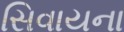
સિવાયના